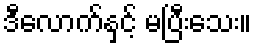
ဒီလောက်နှင့် မပြီးသေး။